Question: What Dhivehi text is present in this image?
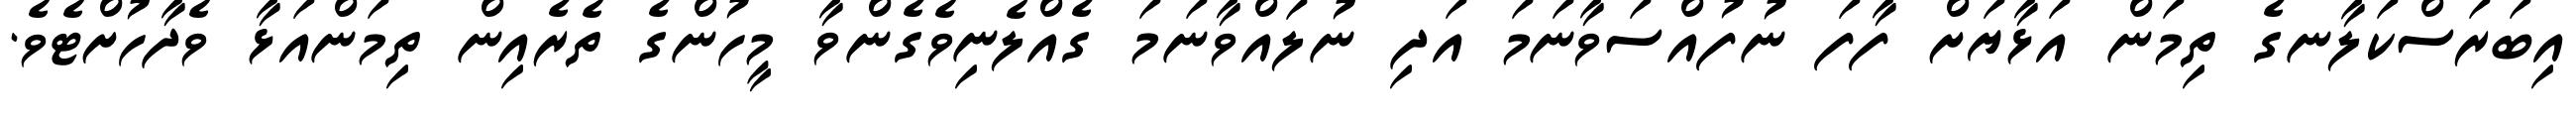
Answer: އިބަރަސްކަލާނގެ ތިމަން އަޅާޔަށް ފާފަ ނުފުއްސަވާނަމަ އަދި ނުލައްވާނަމަ ގެއްލެނިވެގެންވާ މީހުންގެ ތެރެއިން ތިމަންއަޅާ ވެދާހުށްޓެވެ.